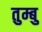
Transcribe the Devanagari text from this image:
तुम्बु